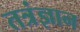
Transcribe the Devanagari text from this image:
तत्रंज्ञान